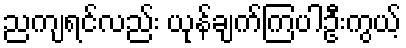
ညကျရင်လည်း ယုန်ချက်ကြပါဦးကွယ့်